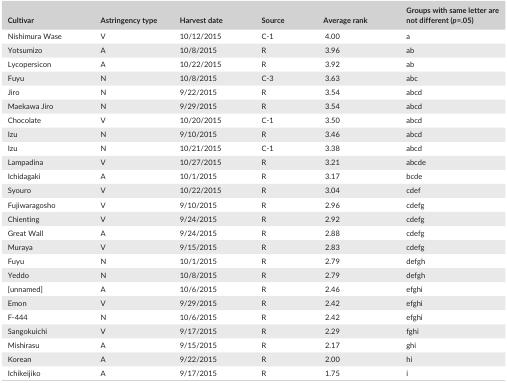
| Cultivar | Astringency type | Harvest date | Source | Average rank | Groups with same letter are not different (p=.05) |
 | --- | --- | --- | --- | --- | --- |
 | Nishimura Wase | V | 10/12/2015 | C‐1 | 4.00 | a |
 | Yotsumizo | A | 10/8/2015 | R | 3.96 | ab |
 | Lycopersicon | A | 10/22/2015 | R | 3.92 | ab |
 | Fuyu | N | 10/8/2015 | C‐3 | 3.63 | abc |
 | Jiro | N | 9/22/2015 | R | 3.54 | abcd |
 | Maekawa Jiro | N | 9/29/2015 | R | 3.54 | abcd |
 | Chocolate | V | 10/20/2015 | C‐1 | 3.50 | abcd |
 | Izu | N | 9/10/2015 | R | 3.46 | abcd |
 | Izu | N | 10/21/2015 | C‐1 | 3.38 | abcd |
 | Lampadina | V | 10/27/2015 | R | 3.21 | abcde |
 | Ichidagaki | A | 10/1/2015 | R | 3.17 | bcde |
 | Syouro | V | 10/22/2015 | R | 3.04 | cdef |
 | Fujiwaragosho | V | 9/10/2015 | R | 2.96 | cdefg |
 | Chienting | V | 9/24/2015 | R | 2.92 | cdefg |
 | Great Wall | A | 9/24/2015 | R | 2.88 | cdefg |
 | Muraya | V | 9/15/2015 | R | 2.83 | cdefg |
 | Fuyu | N | 10/1/2015 | R | 2.79 | defgh |
 | Yeddo | N | 10/8/2015 | R | 2.79 | defgh |
 | [unnamed] | A | 10/6/2015 | R | 2.46 | efghi |
 | Emon | V | 9/29/2015 | R | 2.42 | efghi |
 | F‐444 | N | 10/6/2015 | R | 2.42 | efghi |
 | Sangokuichi | V | 9/17/2015 | R | 2.29 | fghi |
 | Mishirasu | A | 9/15/2015 | R | 2.17 | ghi |
 | Korean | A | 9/22/2015 | R | 2.00 | hi |
 | Ichikeijiko | A | 9/17/2015 | R | 1.75 | i |